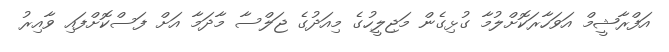
އަފްރާޝީމް އަވަހާރަކޮށްލުމާ ގުޅިގެން މަޖިލީހުގެ މިއަދުގެ ޖަލްސާ މާދަމާ އަށް ފަސްކޮށްފައި ވާއިރު